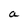
Character: a